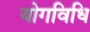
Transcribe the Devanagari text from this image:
योगविधि